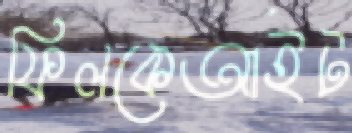
ফিলকেআইট